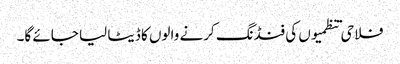
فلاحی تنظمیوں کی فنڈنگ کرنے والوں کا ڈیٹا لیا جائے گا۔